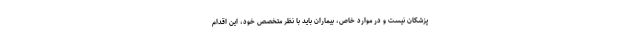
پزشکان نیست و در موارد خاص، بیماران باید با نظر متخصص خود، این اقدام